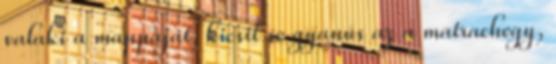
valaki a mappáját, kicsit se gyanús az a matrachegy,